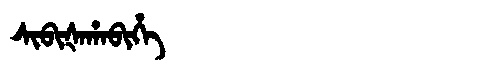
Manchu: ᠰᡳᠪᡳᡧᠠᡥᠠᠪᡳᡥᡝ
Romanization: SIBIŠAHABIHE